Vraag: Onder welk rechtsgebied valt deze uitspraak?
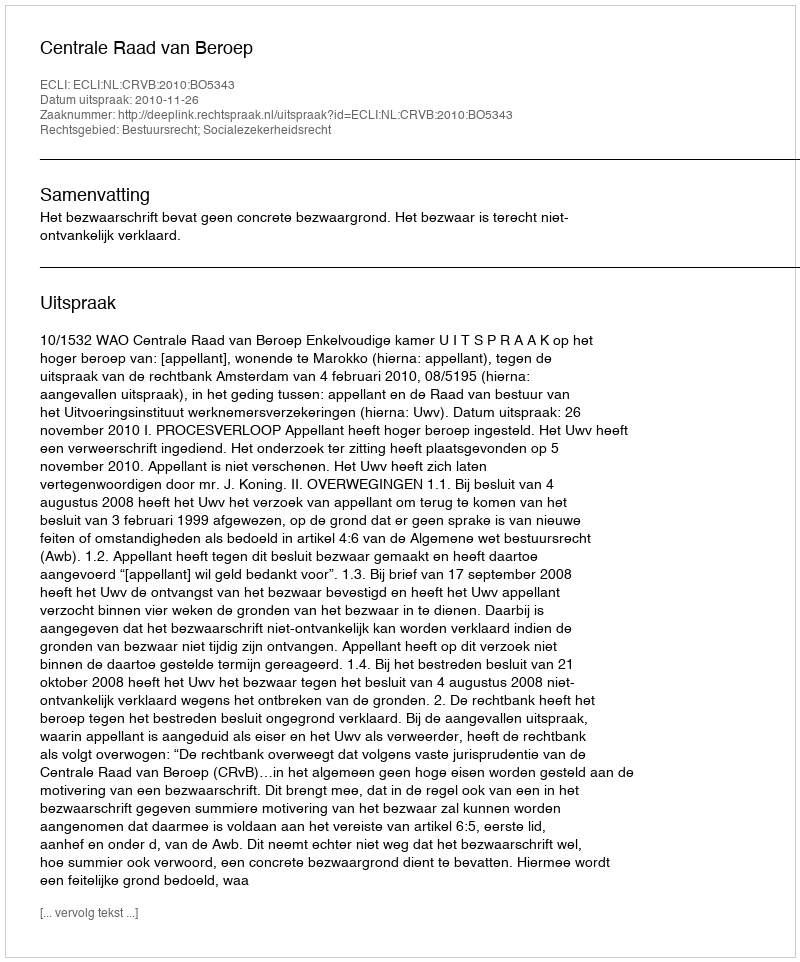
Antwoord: Bestuursrecht; Socialezekerheidsrecht